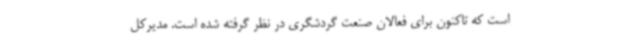
است که تاکنون برای فعالان صنعت گردشگری در نظر گرفته شده است. مدیرکل